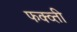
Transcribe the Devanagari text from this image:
फक्व्ती